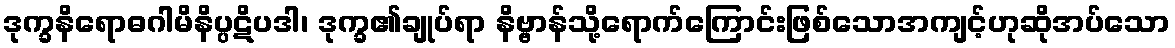
ဒုက္ခနိရောဓဂါမိနိပ္ပဋိပဒါ၊ ဒုက္ခ၏ချုပ်ရာ နိဗ္ဗာန်သို့ရောက်ကြောင်းဖြစ်သောအကျင့်ဟုဆိုအပ်သော